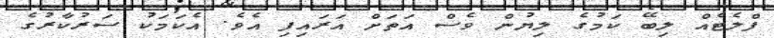
ފްްލެޓެއް ލިބޭ ކަމުގެ ލިޔުން ވެސް އަތަށް އަރައިފި އެވެ. އެކަމަކު ސަރުކާރުގެ